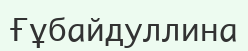
Ғұбайдуллина